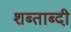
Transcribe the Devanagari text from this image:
शब्ताब्दी